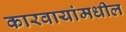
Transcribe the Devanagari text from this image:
कारवायांमधील